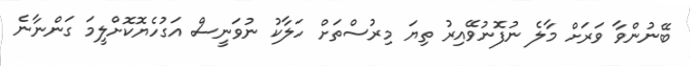
ބޭނުންވާ ވަރަށް މާލެ ނުފޮނުވޭއިރު ތިޔަ މިރުސްތަށް ހަލާކު ނުވަނީސް އަގުހެޔޮކޮށްލީމަ ގަންނާނެ